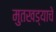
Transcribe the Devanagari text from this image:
मुतखड्याचे